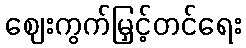
ဈေးကွက်မြှင့်တင်ရေး